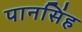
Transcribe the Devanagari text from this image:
पानसिंह